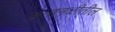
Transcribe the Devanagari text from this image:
काचनळीतील